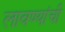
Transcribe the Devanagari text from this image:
लावण्यांची